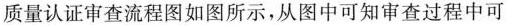
质量认证审查流程图如图所示，从图中可知审查过程中可